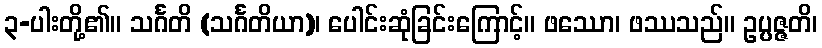
၃-ပါးတို့၏။ သင်္ဂတိ (သင်္ဂတိယာ)၊ ပေါင်းဆုံခြင်းကြောင့်။ ဖဿော၊ ဖဿသည်။ ဥပ္ပဇ္ဇတိ၊